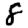
Digit: 8